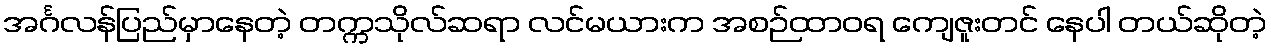
အင်္ဂလန်ပြည်မှာနေတဲ့ တက္ကသိုလ်ဆရာ လင်မယားက အစဉ်ထာဝရ ကျေဇူးတင် နေပါ တယ်ဆိုတဲ့